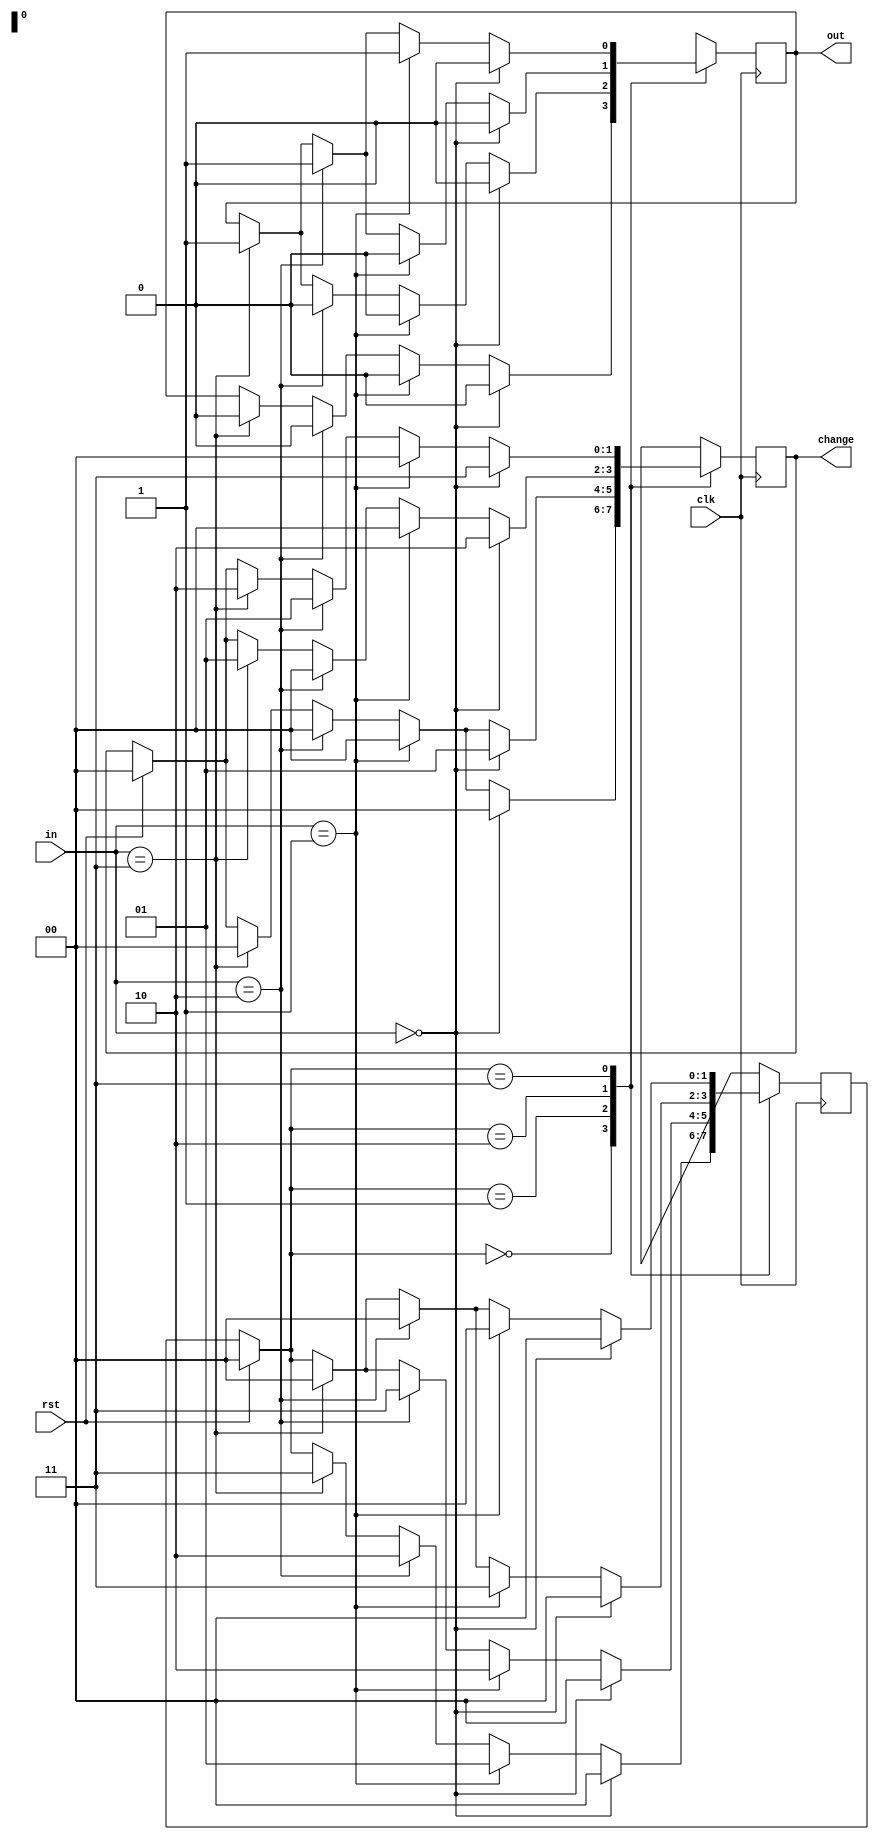
module vending_machine_20(in,clk,rst,out,change);
  input [1:0]in; // 00-Rs0, 01-Rs5, 10-Rs10, 11-RS15
  input clk,rst;
  output reg [1:0]change; 
  output reg out;
  
  parameter s0=2'b00;  
  parameter s1=2'b01;  
  parameter s2=2'b10; 
  parameter s3=2'b11;
  
  reg [1:0] c_state,n_state;
  
  // we are considering that the vending machine has only one product and the user has currencies of denominations Rs5, Rs10 and Rs15
  
  always @(posedge clk)
    begin
      if(rst==1)
        begin
          c_state=0;
          n_state=0;
          change=2'b00;
        end
      else
        c_state=n_state;
      
      case(c_state)
        s0:        // state s0 -> Rs0
          if(in==0)
            begin
              n_state=s0;
              out=0;
              change=2'b00;
            end
        else if(in==2'b01)
          begin
            n_state=s1;
            out=0;
            change=3'b000;
          end
        else if(in==2'b10)
          begin
            n_state=s2;
            out=0;
            change=2'b00;
          end
        else if(in==2'b11)
          begin
            n_state=s3;
            out=0;
            change=2'b00;
          end
        
        s1:  // state s1 -> Rs5
          if(in==0)
            begin
              n_state=s0;
              out=0;
              change=2'b01; //change returned Rs5
            end
        else if(in==2'b01)
          begin
            n_state=s2;
            out=0;
            change=2'b00;
          end
        else if(in==2'b10)
          begin
            n_state=s3;
            out=0;
            change=2'b00;
          end
        else if(in==2'b11)
          begin
            n_state=s0;
            out=1;  //out=1, as recieved Rs20
            change=2'b00;
          end
        
        s2:     //state s2 -> Rs10
          if(in==0)
            begin
              n_state=s0;
              out=0;
              change=2'b10;  // change returned Rs10
			end
        else if(in==2'b01)
          begin
            n_state=s3;
            out=0;
            change=2'b00;
          end
        else if(in==2'b10)
          begin
            n_state=s0;
            out=1;	//out=1, as recieved Rs20
            change=2'b00;
          end
        else if(in==2'b11)
          begin
            n_state=s0;
            out=1;	//out=1, as recieved Rs20
            change=2'b01;//change of Rs5 is returned
          end
              
              
          s3:  // state s3 -> Rs15
             if(in==0)
            begin
              n_state=s0;
              out=0;
              change=2'b11;  // change returned 15rs
            end
        else if(in==2'b01)
          begin
            n_state=s0;
            out=1;	//out=1, as recieved Rs20
            change=2'b00;
          end
        else if(in==2'b10)
          begin
            n_state=s0;
            out=1; //ouput =1 got 20rs
            change=2'b01;// change returned Rs5
          end
        else if(in==2'b11)
          begin
            n_state=s0;
            out=1; //ouput =1 got 20rs
            change=2'b10;// change returned Rs10
          end
        endcase
              
    end
 endmodule